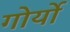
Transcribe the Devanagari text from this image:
गोर्यो